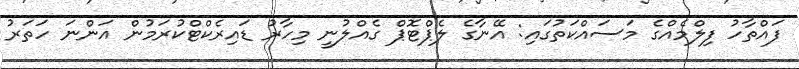
ފައްތާހު ފިލްމެއްގެ މަސައްކަތުގައި: އޭނާގެ ލެޕްޓޮޕް ގެއްލުނީ މިހާރު ޑައިރެކްޓްކުރަމުން އަންނަ ހަތަރު